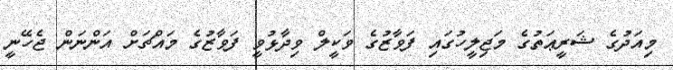
މިއަދުގެ ޝަރީޢަތުގެ މަޖިލީހުގައި ފަވާޒުގެ ވަކީލް ވިދާޅުވީ ފަވާޒުގެ މައްޗަށް އަންނަން ޖެހޭނީ